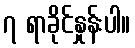
၇ ရာခိုင်နှုန်းပါ။